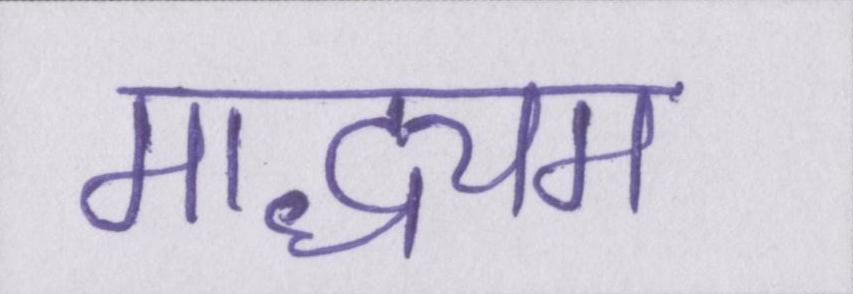
माद्ध्यम